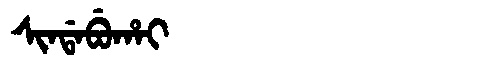
Manchu: ᠰᡳᠨᡩᠠᠪᡠᡥᠠᡳ
Romanization: SINDABUHAI